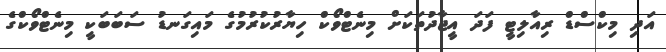
އަދި މިކްސްޑް ރިއާލިޓީ ފަދަ އީޖާދުތަކަށް މިނެޓްވޯކް ހިޔާރުކުރުމުގެ މައިގަނޑު ސަބަބަކީ މިނެޓްވޯކްގެ